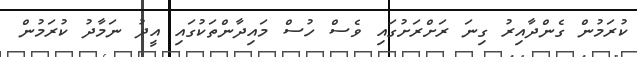
ކުރަމުން ގެންދާއިރު ގިނަ ރަށްރަށުގައި ވެސް ހުސް މައިދާންތަކުގައި އީދު ނަމާދު ކުރަމުން